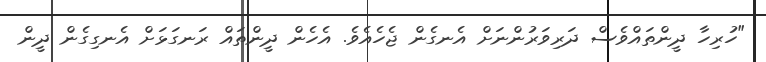
"ހުރިހާ ދީންތައްވެސް ދަރިވަރުންނަށް އެނގެން ޖެހެއެވެ. އެހެން ދީންތައް ރަނގަޅަށް އެނގިގެން ދީން